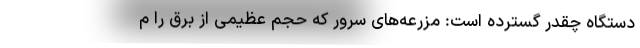
دستگاه چقدر گسترده است: مزرعه‌های سِروِر که حجم عظیمی از برق را م